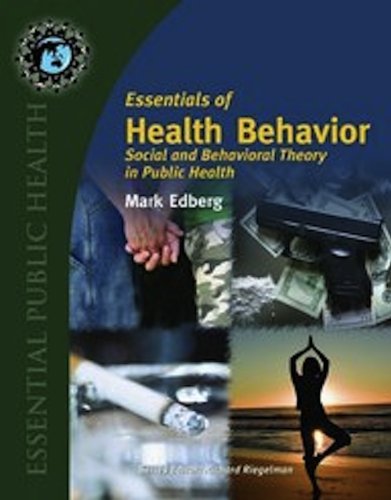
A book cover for Essentials Of Health Behavior: Social And Behavioral Theory In Public Health (Texts in the Essential Public); Mark Edberg; Medical Books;